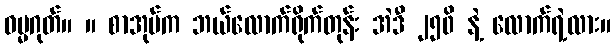
ဓမ္မဂုတ်။ ။ စာအုပ်က ဘယ်လောက်ရိုက်တုန်း အဲဒီ ၂၅၀ိ နဲ့ လောက်ရဲ့လား။